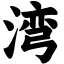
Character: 湾